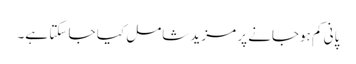
پانی کم ہوجانے پر مزید شامل کیا جا سکتا ہے۔